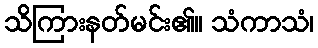
သိကြားနတ်မင်း၏။ သံကာသံ၊